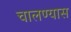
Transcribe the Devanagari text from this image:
चालण्यास